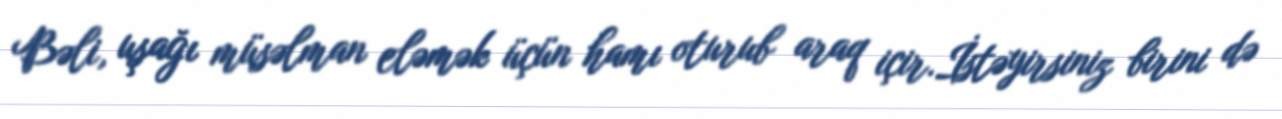
Bəli, uşağı müsəlman eləmək üçün hamı oturub araq içir.İstəyirsiniz birini də